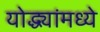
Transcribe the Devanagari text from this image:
योद्ध्यांमध्ये